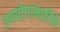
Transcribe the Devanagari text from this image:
उपयोगासाठीचे